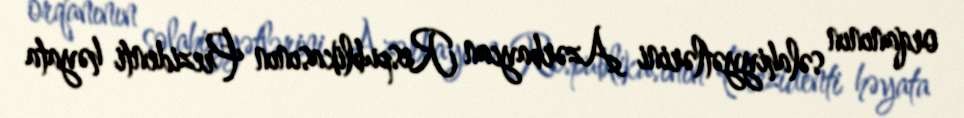
orqanının səlahiyyətlərini Azərbaycan Respublikasının Prezidenti həyata